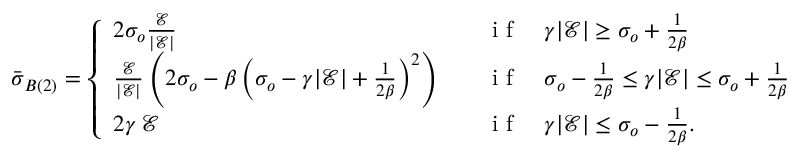
\begin{array} { r } { \bar { \boldsymbol { \sigma } } _ { B ( 2 ) } = \left\{ \begin{array} { l l } { 2 \sigma _ { o } \frac { \mathcal { E } } { | \mathcal { E } | } } & { \quad \mathrm { ~ i ~ f ~ } \quad \gamma | \mathcal { E } | \ge \sigma _ { o } + \frac { 1 } { 2 \beta } } \\ { \frac { \mathcal { E } } { | \mathcal { E } | } \left( 2 \sigma _ { o } - \beta \left( \sigma _ { o } - \gamma | \mathcal { E } | + \frac { 1 } { 2 \beta } \right) ^ { 2 } \right) } & { \quad \mathrm { ~ i ~ f ~ } \quad \sigma _ { o } - \frac { 1 } { 2 \beta } \le \gamma | \mathcal { E } | \le \sigma _ { o } + \frac { 1 } { 2 \beta } } \\ { 2 \gamma \, \mathcal { E } } & { \quad \mathrm { ~ i ~ f ~ } \quad \gamma | \mathcal { E } | \le \sigma _ { o } - \frac { 1 } { 2 \beta } . } \end{array} \right. } \end{array}